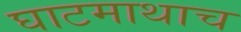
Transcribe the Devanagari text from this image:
घाटमाथाच